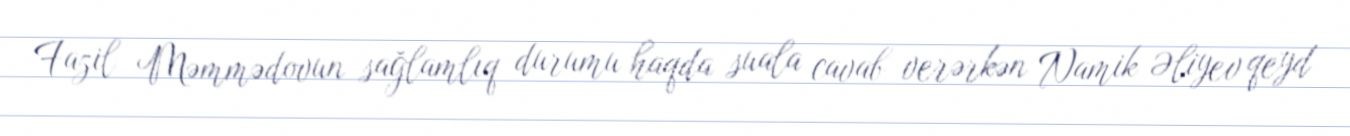
Fazil Məmmədovun sağlamlıq durumu haqda suala cavab verərkən Namik Əliyev qeyd